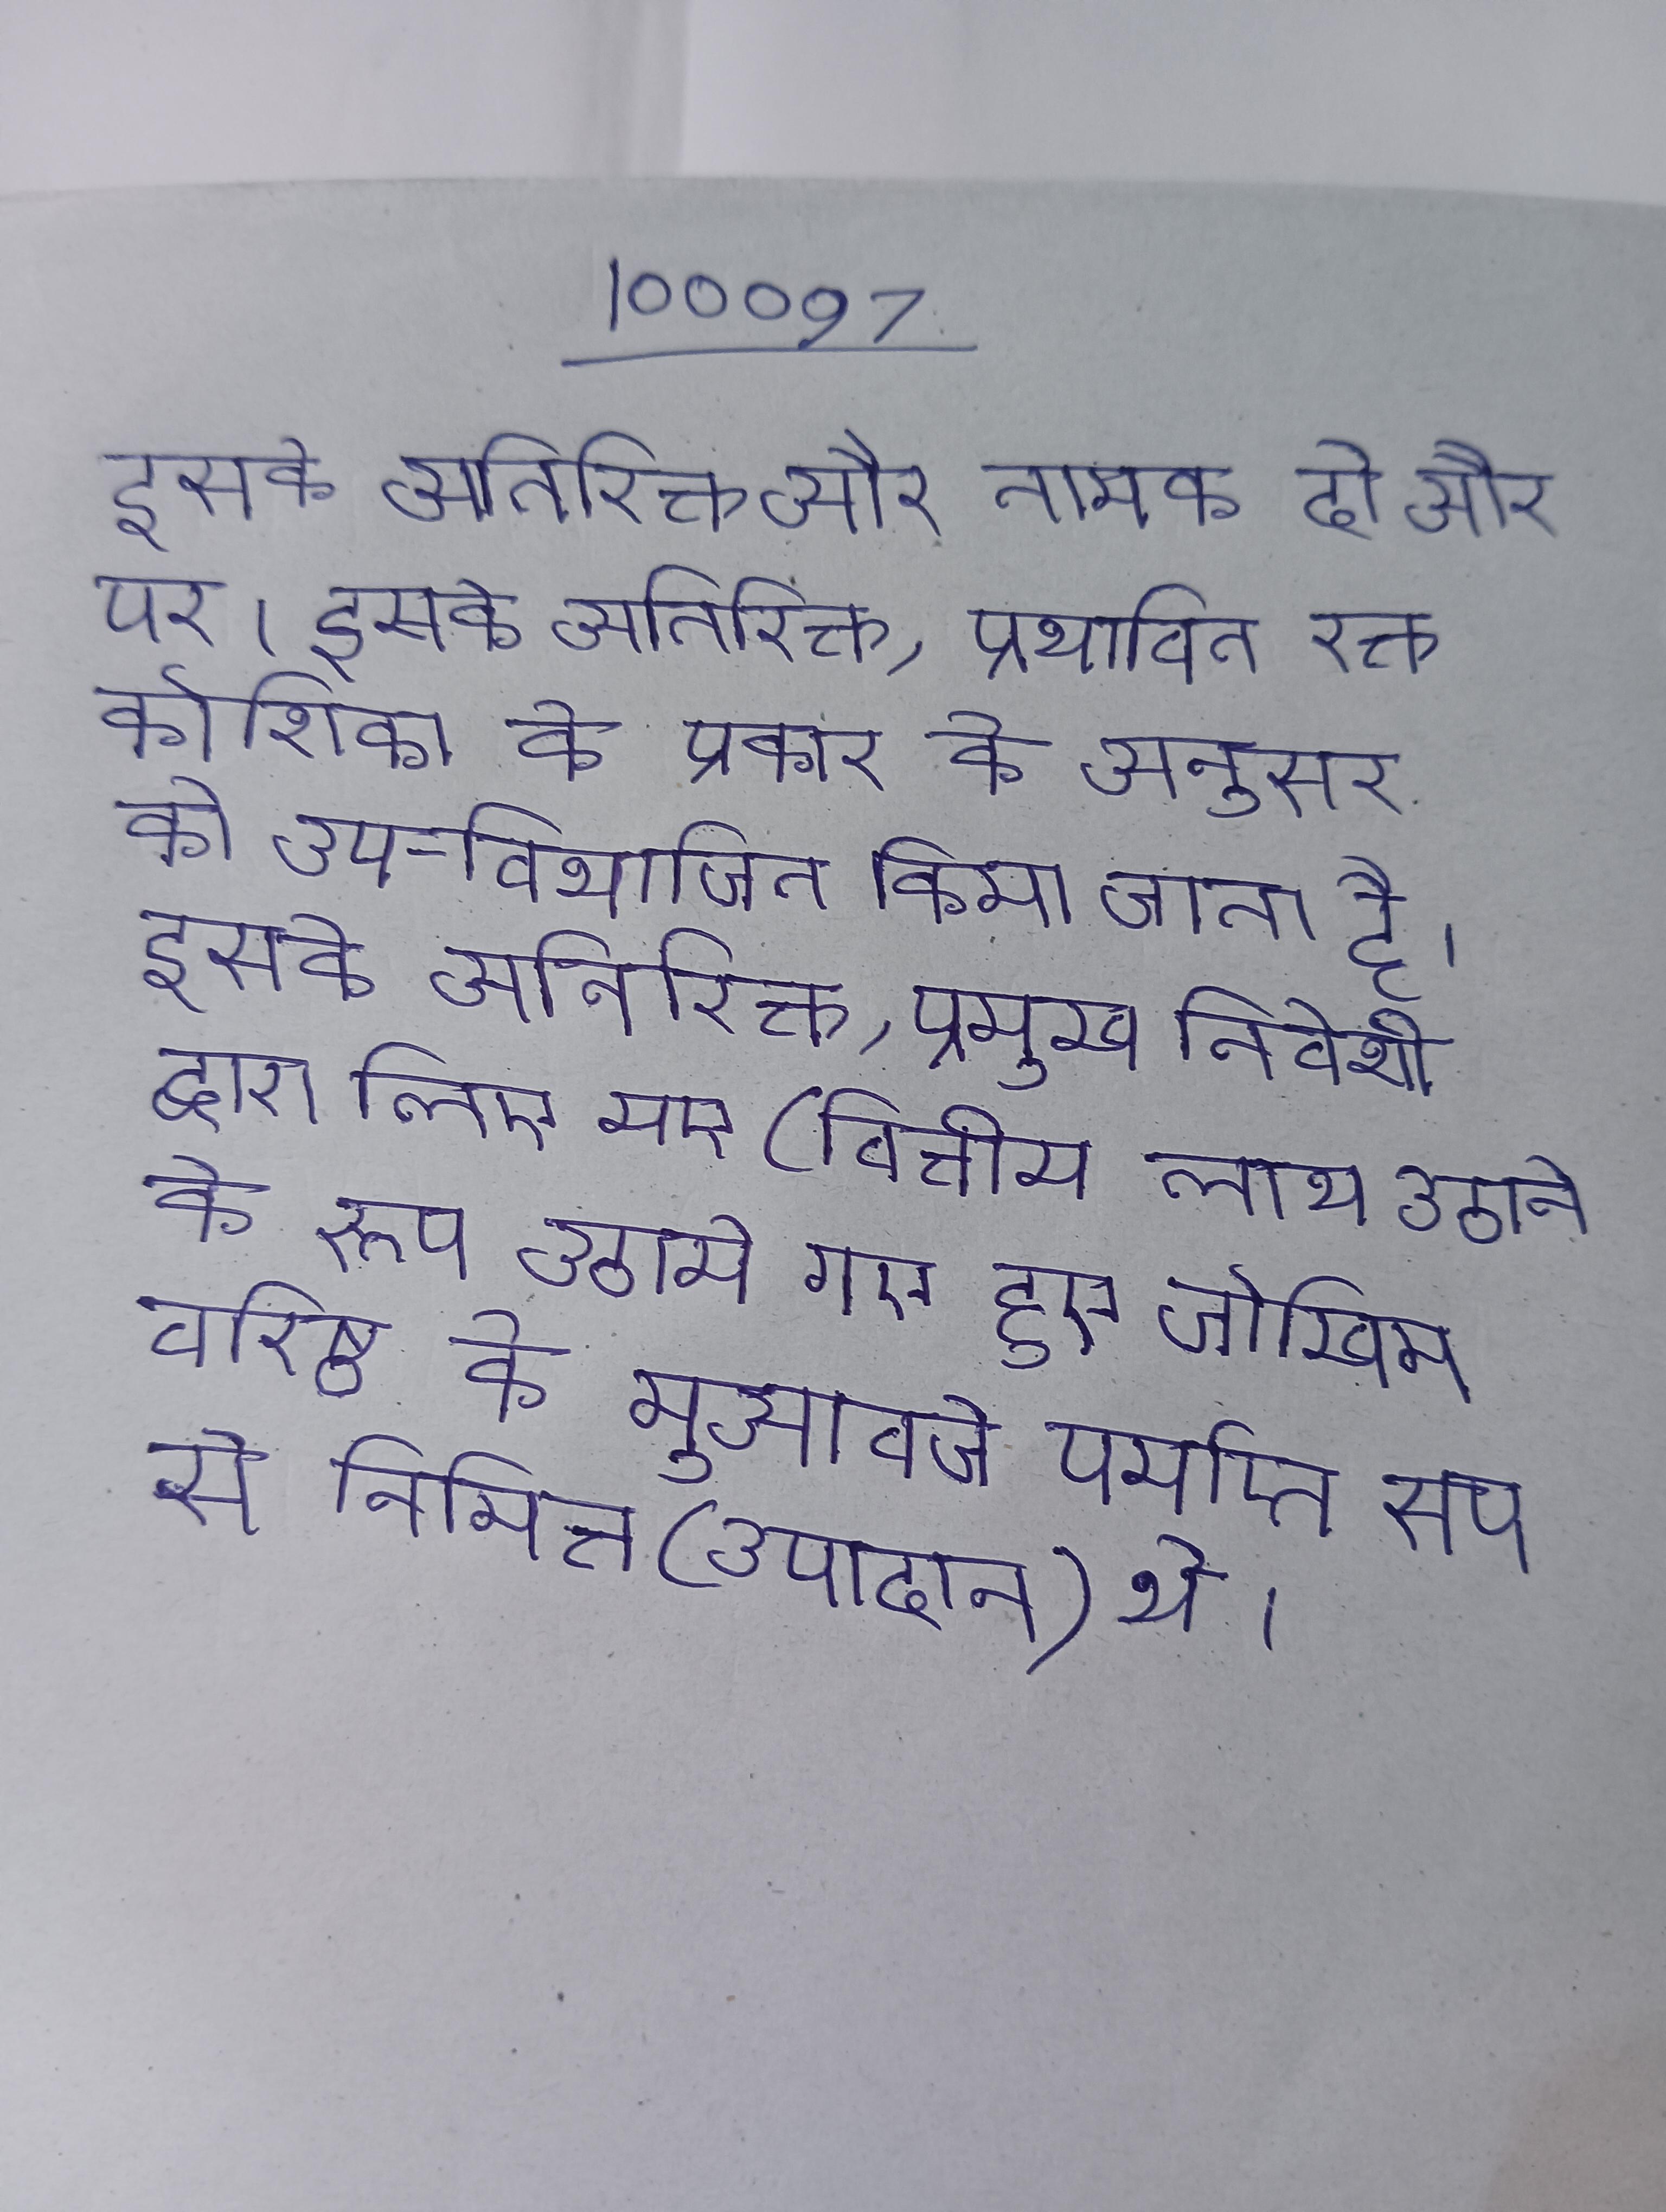
इसके अतिरिक्त और नामक दो और पर । इसके अतिरिक्त, प्रभावित रक्त कोशिका के प्रकार के अनुसार को उप-विभाजित किया जाता है । इसके अतिरिक्त, प्रमुख निवेशी द्वारा लिए गए (वित्तीय लाभ उठाने के रूप उठाये गए हुए जोखिम वरिष्ठ के मुआवजे पर्याप्त रूप से निमित्त (उपादान) थे ।